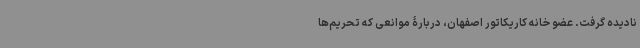
نادیده گرفت. عضو خانه کاریکاتور اصفهان، دربارۀ موانعی که تحریم‌ها